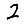
Digit: 2